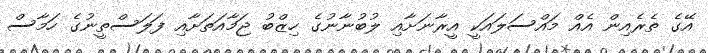
އޭގެ ތެރެއިން އެއް މައްސަލައަކީ އީރާނަށާއި ލުބުނާނުގެ ހިޒްބު ޖަމާއަތަށާއި ފަލަސްތީނުގެ ހަމާސް